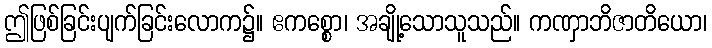
ဤဖြစ်ခြင်းပျက်ခြင်းလောက၌။ ဧကစ္စော၊ အချို့သောသူသည်။ ကဏှာဘိဇာတိယော၊